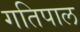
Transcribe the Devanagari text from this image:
गतिपाल